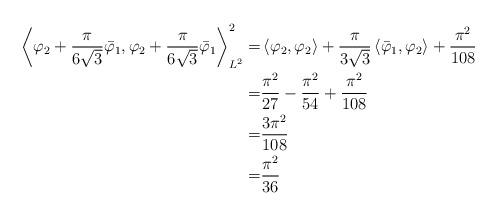
LaTeX: \begin{align*}\left<\varphi_{2}+\frac{\pi}{6\sqrt{3}}\bar{\varphi}_{1} ,\varphi_{2}+\frac{\pi}{6\sqrt{3}}\bar{\varphi}_{1} \right>_{L^{2}}^{2}=& \left<\varphi_{2},\varphi_{2}\right>+\frac{\pi}{3\sqrt{3}}\left<\bar{\varphi}_{1} ,\varphi_{2} \right>+\frac{\pi^2}{108}\\=&\frac{\pi^{2}}{27}-\frac{\pi^{2}}{54}+\frac{\pi^2}{108}\\=&\frac{3\pi^{2}}{108}\\=&\frac{\pi^{2}}{36}\end{align*}